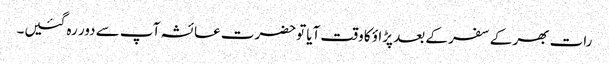
رات بھر کے سفر کے بعد پڑاؤ کا وقت آیا توحضرت عائشہ آپ سے دور رہ گئیں۔